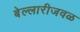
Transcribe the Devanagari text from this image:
बेल्लारीजवळ